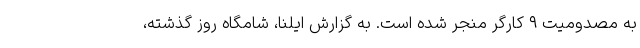
به مصدومیت ۹ کارگر منجر شده است. به گزارش ایلنا، شامگاه روز گذشته،